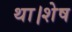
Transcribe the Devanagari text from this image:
था।शेष